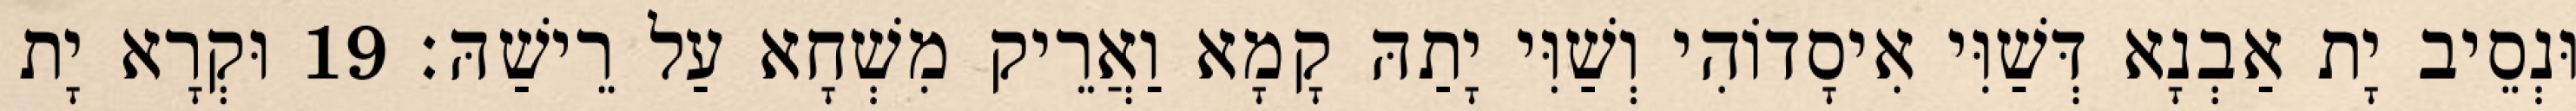
וּנְסֵיב יָת אַבְנָא דְּשַׁוִּי אִיסָדוֹהִי וְשַׁוִּי יָתַהּ קָמָא וַאֲרֵיק מִשְׁחָא עַל רֵישַׁהּ׃ 19 וּקְרָא יָת